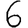
Digit: 6